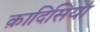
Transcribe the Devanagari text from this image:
क़ादिसिया